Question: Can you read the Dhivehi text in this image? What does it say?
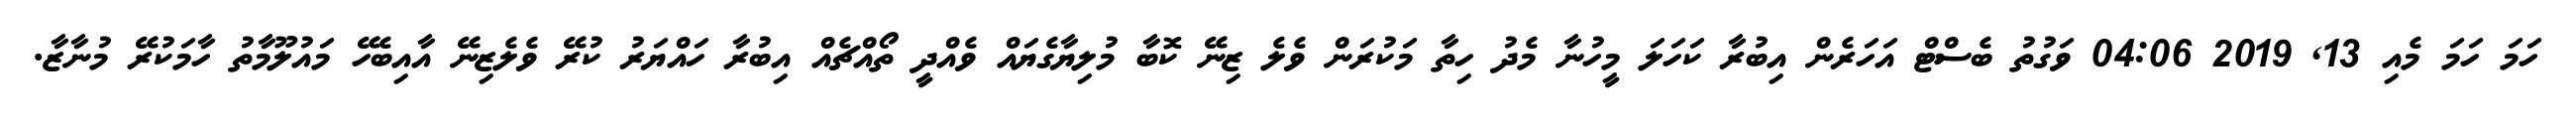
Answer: ހަމަ ހަމަ މެއި 13, 2019 04:06 ވަގުތު ބެސްޓް އަހަރެން އިބުރާ ކަހަލަ މީހުނާ މެދު ހިތާ މަކުރަން ވެލެ ޒިނޭ ކޮބާ މުލިޔާގެޔައް ވެއްދީ ތޯއްޗެއް އިބުރާ ހައްޔަރު ކުރޭ ވެލެޒިނޭ އާއިބެހޭ މައުލޫމާތު ހާމަކުރޭ މުނާޒާ.